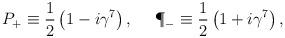
LaTeX: \begin{align*}P_+ \equiv {1 \over 2} \left( 1 - i \gamma^7 \right), \ \ \ \ \P_- \equiv {1 \over 2} \left( 1 + i \gamma^7 \right),\end{align*}